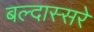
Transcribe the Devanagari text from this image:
बल्दास्सरे